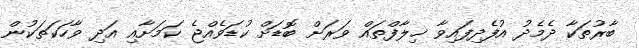
ބާރުތަކާ ދެމެދު އުފެދިފައިވާ ޚިލާފްތައް ވަރަށް ބޮޑަށް ކުޑަވެއްޖެ ކަމަށާއި އަދި ވާހަކަތަކުން